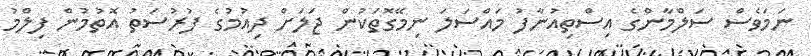
ނަމަވެސް ސަލްމާންގެ އިސްތިއުނާފު މައްސަލަ ނިމޭގޮތަކުން ޖަލަށް ދިއުމުގެ ފުރުސަތު އޮތުމުން ފިލްމު